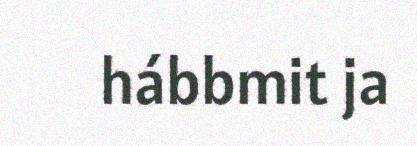
hábbmit ja